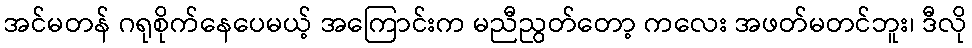
အင်မတန် ဂရုစိုက်နေပေမယ့် အကြောင်းက မညီညွတ်တော့ ကလေး အဖတ်မတင်ဘူး၊ ဒီလို